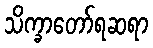
သိက္ခာတော်ရဆရာ